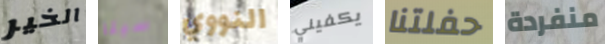
الخير سيئا النووي يكفيني حفلتنا منفردة